Account of plague administration in the Bombay Presidency from September 1896 till May 1897
Year: 1896
Disease focus: Plague
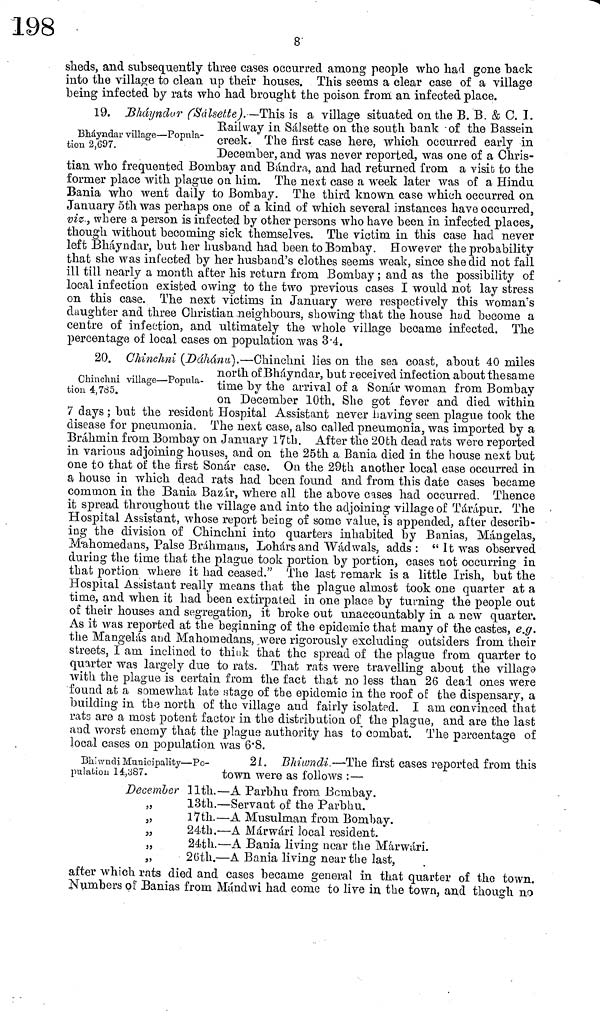
8.
sheds, and subsequently three cases occurred among people who had gone back
into the village to clean up their houses. This seems a clear case of a village
being infected by rats who had brought the poison from an infected place.
Bhayndar village—Popula-
tion 2,697.
19. Bhayndur (Sálsette).—Thía is a village situated on the B. B. & C. I.
Railway in Sàlsette on the south bank -of the Bassein
creek. The first case here, which occurred early in
December, and was never reported, was one of a Chris-
tian who frequented Bombay and Bándra, and had returned from a visit to the
former place with plague on him. The next case a week later was of a Hindu
Bania who went daily to Bombay. The third known case which occurred on
January 5th was perhaps one of a kind of which several instances have occurred,
viz., where a person is infected by other persons who have been in infected places,
though without becoming sick themselves. The victim in this case had never
left Bháyndar, but her husband had been to Bombay. However the probability
that she was infected by her husband's clothes seems weak, since she did not fall
ill till nearly a month after his return from Bombay ; and as the possibility of
local infection existed owing to the two previous cases I would not lay stress
on this case. The next victims in January were respectively this woman's
daughter and three Christian neighbours, showing that the house hud become a
centre of infection, and ultimately the whole village became infected. The
percentage of local cases on population was 3.4.
Chinchni village—Popula-
tion 4,785.
20. Chinchni (Dàhànu).—Chinchni lies on the sea coast, about 40 miles
north of Bhàyndar, but received Direction about the same
time by the arrival of a Sonar woman from Bombay
on December 10th. She got fever and died within
7 days ; but the resident Hospital Assistant never having seen plague took the
disease for pneumonia. The next case, also called pneumonia, was imported by a
Brahmin from Bombay on January 17th. After the 20th dead rats were reported
in various adjoining houses, and on the 25th a Bania died in the house next but
one to that of the first Sonar case. On the 29th another local case occurred in
a house in which dead rats had been found and from this date cases became
common in the Bania Bazàr, where all the above cases had occurred. Thence
it spread throughout the village and into the adjoining village of Táràpur. The
Hospital Assistant, whose report being of some value, is appended, after describ-
ing the division of Chinchni into quarters inhabited by Banias, Mángelas,
Màhomedans, Palse Bráhmans, Lohársand Wàdwals, adds : "It was observed
during the time that the plague took portion by portion, cases not occurring in
that portion where it had ceased." The last remark is a little Irish, but the
Hospital Assistant really means that the plague almost took one quarter at a
time, and when it had been extirpated in one place by turning the people out
of their houses and segregation, it broke out unaccountably in a new quarter.
As it was reported at the beginning of the epidemic that many of the castes, e.g.
the Mangelàs and Mahonieclans, were rigorously excluding outsiders from their
streets, I am inclined to think that the spread of the plague from quarter to
quarter was largely due to rats. That rats were travelling about the village
with the plague is certain from the fact that no less than 26 deal ones were
found at a somewhat late stage of the epidemic in the roof of the dispensary, a
building in the north of the village and fairly isolated. I am convinced that
rats are a most potent factor in the distribution of the plague, and are the last
and worst enemy that the plague authority has to combat. The parcentage of
local cases on population was 6.8.
Bhiwndi Municipality—Po-
21. Bhùvndi.—The first cases reported from this
pulation 14,387.
town were as follows :—
December 11th.—A Parbhu from .Bombay.
„
13th.—Servant of the Parbhu.
„
17th.—A Musulman from Bombay.
„
24th.—A Márwári local resident.
„
24th.—A Bania living near the Márwári.
„
26th.—A Bania living near the last,
after which rats died and cases became general in that quarter of the town.
Numbers of Banias from Mándwi had come to live in the town, and though no